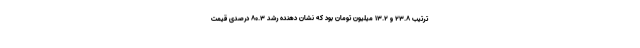
ترتیب ۲۳.۸ و ۱۳.۲ میلیون تومان بود که نشان دهنده رشد ۸۰.۳ درصدی قیمت